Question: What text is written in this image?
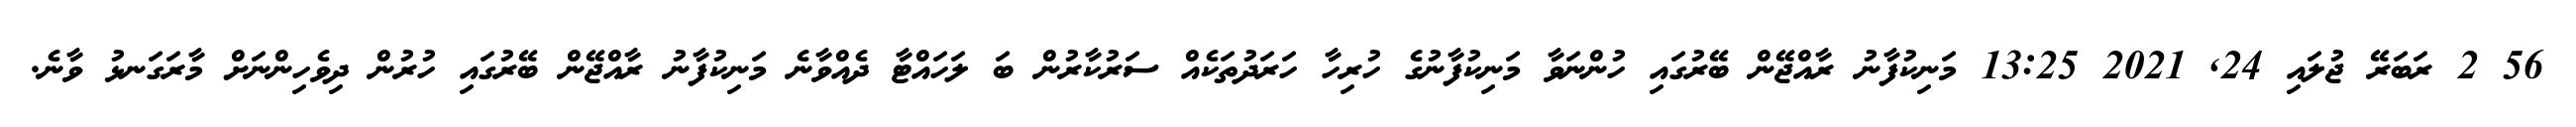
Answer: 56 2 ރަބަރޭ ޖުލައި 24, 2021 13:25 މަނިކުފާނު ރާއްޖޭން ބޭރުގައި ހުންނަވާ މަނިކުފާނުގެ ހުރިހާ ހަރަދުތަކެއް ސަރުކާރުން ބަ ލަހައްޓާ ދެއްވާނެ މަނިކުފާނު ރާއްޖޭން ބޭރުގައި ހުރުން ދިވެހިންނަށް މާރަގަނޅު ވާނެ.